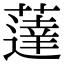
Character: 薘